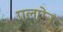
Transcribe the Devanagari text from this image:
एलऐन